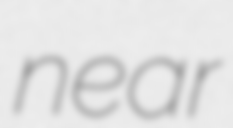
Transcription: near